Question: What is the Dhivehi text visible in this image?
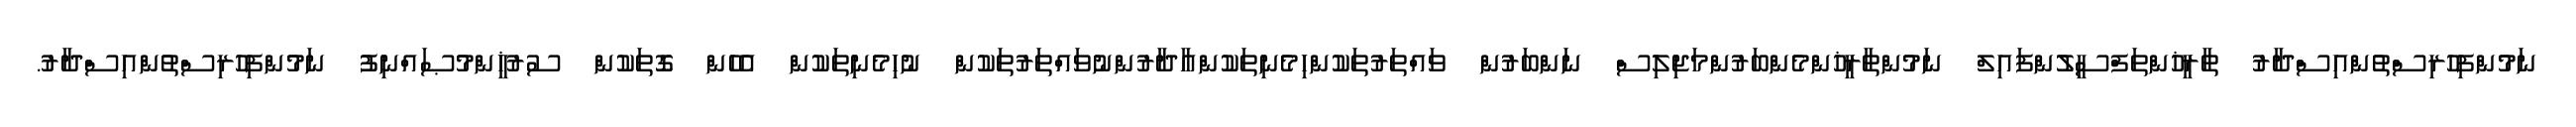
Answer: ނަމުންފިހުރިސްތުންއިސްދާރު ތާރީޚުންތަފްސީލުންފައިލް ނަމުންތާރީޚުންމެންބަރުންމަޖިލިސް ނަންބަރުން ވައްތަރުތަކުންހިމެނިތަކުންއާދާރުންނުވައްތަރުތަކުން ނުހިމެނިތަކުން އެހެން ގޮތަކުން ސުރުޚީންމުޞައްނިފު ނަމުންފިހުރިސްތުންއިސްދާރު.